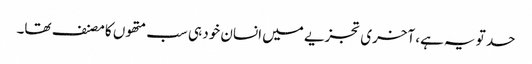
حد تو یہ ہے، آخری تجزیے میں انسان خود ہی سب متھوں کا مصنف تھا۔